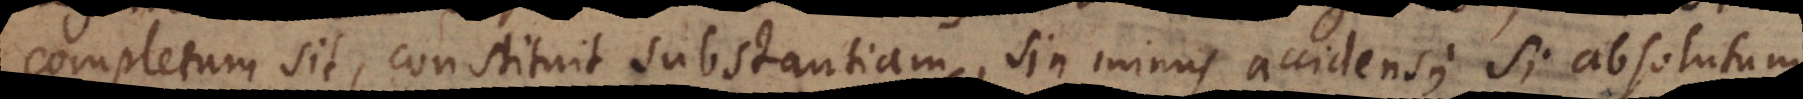
completum sit, constituit substantiam, sin minus accidens; si absolutum